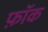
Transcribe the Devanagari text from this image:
फ़ॉक